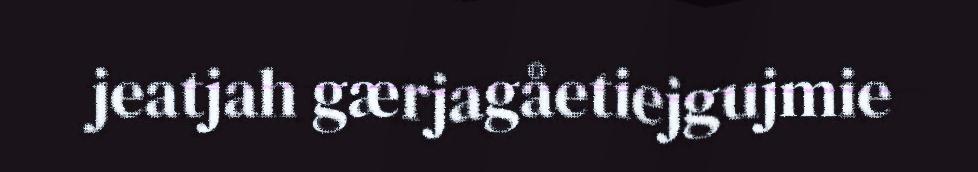
jeatjah gærjagåetiejgujmie